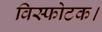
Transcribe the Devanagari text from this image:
विस्फोटक।